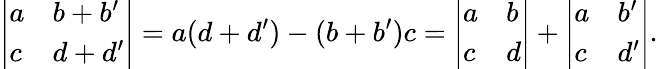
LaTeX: {\left|\begin{array}{ll}{a}&{b+b^{\prime}}\\ {c}&{d+d^{\prime}}\end{array}\right|}=a(d+d^{\prime})-(b+b^{\prime})c={\left|\begin{array}{ll}{a}&{b}\\ {c}&{d}\end{array}\right|}+{\left|\begin{array}{ll}{a}&{b^{\prime}}\\ {c}&{d^{\prime}}\end{array}\right|}.